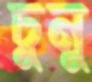
চুনু